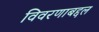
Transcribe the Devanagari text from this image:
विवरणाबद्दल